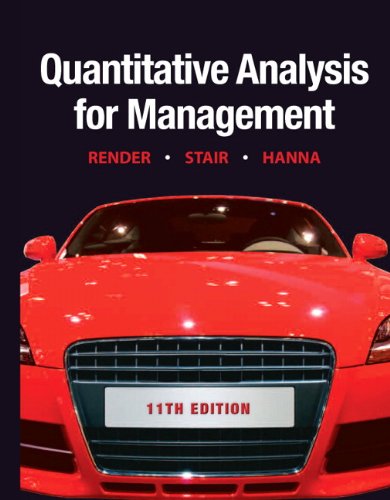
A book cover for Quantitative Analysis for Management (11th Edition); Barry Render; Business & Money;